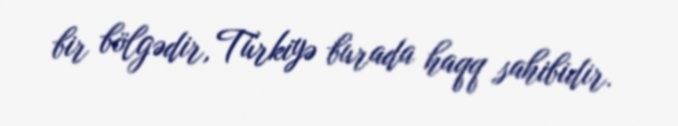
bir bölgədir, Türkiyə burada haqq sahibidir.